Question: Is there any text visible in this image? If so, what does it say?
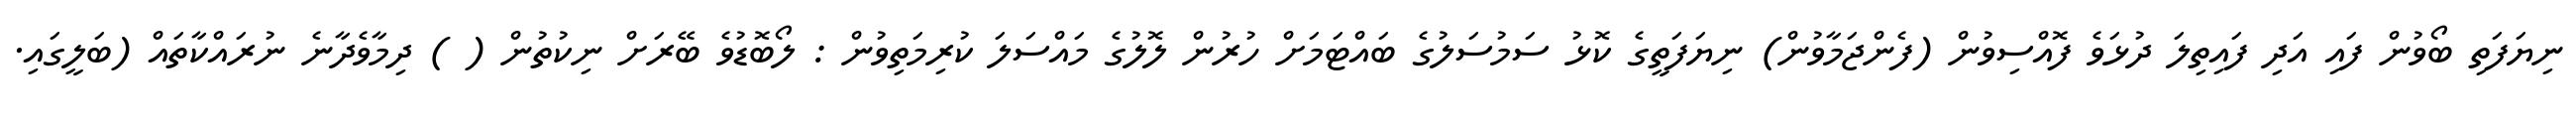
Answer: ނިޔަފަތި ބޯވުން ފައި އަދި ފައިތިލަ ދުޅަވެ ފޮއްސިވުން (ފެންޖަމާވުން) ނިޔަފަތީގެ ކޮޅު ސަމުސަލުގެ ބައްޓަމަށް ހުރުން ލޮލުގެ މައްސަލަ ކުރިމަތިވުން : ލޯބޮޑުވެ ބޭރަށް ނިކުތުން ( ) ދިމާވެދާނެ ނުރައްކާތައް (ބަލީގައި.